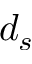
d _ { s }